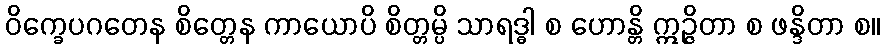
ဝိက္ခေပဂတေန စိတ္တေန ကာယောပိ စိတ္တမ္ပိ သာရဒ္ဓါ စ ဟောန္တိ ဣဉ္ဇိတာ စ ဖန္ဒိတာ စ။